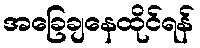
အခြေချနေထိုင်ရန်